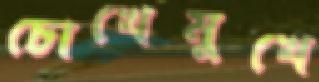
চোখেমুখে